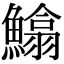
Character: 𩻵